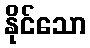
နိုင်သော